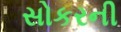
સોકરની